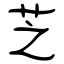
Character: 芝